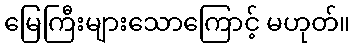
မြေကြီးများသောကြောင့် မဟုတ်။